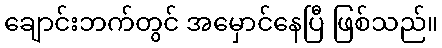
ချောင်းဘက်တွင် အမှောင်နေပြီ ဖြစ်သည်။